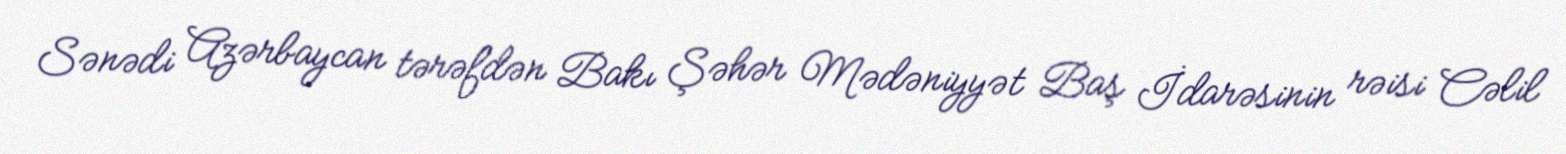
Sənədi Azərbaycan tərəfdən Bakı Şəhər Mədəniyyət Baş İdarəsinin rəisi Cəlil